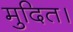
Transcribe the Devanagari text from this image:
मुदित।